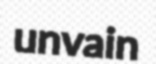
unvain